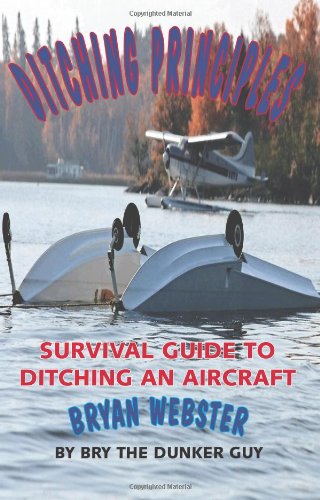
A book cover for Ditching Principles: Survival Guide to Ditching an Aircraft; Bryan Webster; Engineering & Transportation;